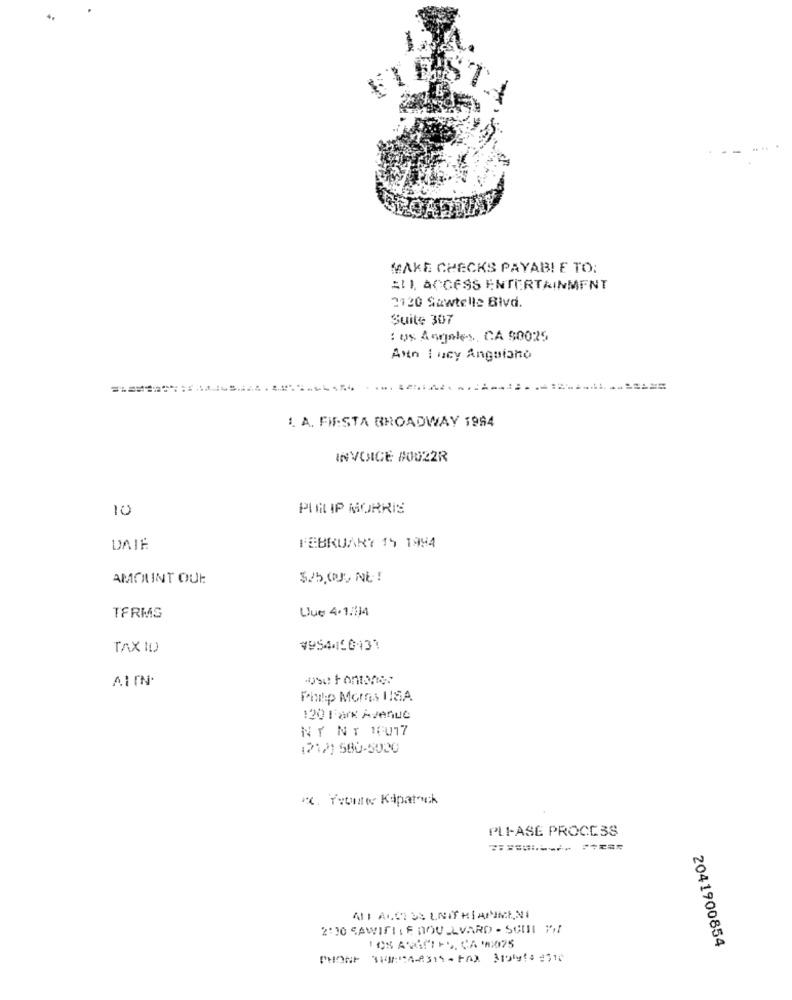
MAKE CHECKS PAYAB! E TO:
ALI ACCESS ENTERTAINMENT
2120 Sawtelle Blvd.
Suite 307
: us Angeles, CA 90025
Axn I ucy Anguiano
1. A. FIESTA BROADWAY 1994
INVOICE #OU22R
10
PIM IP MORRIS
DAIÉ
FEBRUARY 15 1994
AMOUNT OUI
$25,000, NE !
Uue 4.1:14
TERMS
TAX ID
AI IN.
Philip Mores ISA
:20 Farx Avenue
NY NY 10017
(212) 580-5020
IX. Yetutte Kapatmak
PLI-ASE PROCESS
ATT ALCHOR UNIT HIANMINI
2:30 SAWIFILE DOU_LVARD - SUIIL YA
2041900854